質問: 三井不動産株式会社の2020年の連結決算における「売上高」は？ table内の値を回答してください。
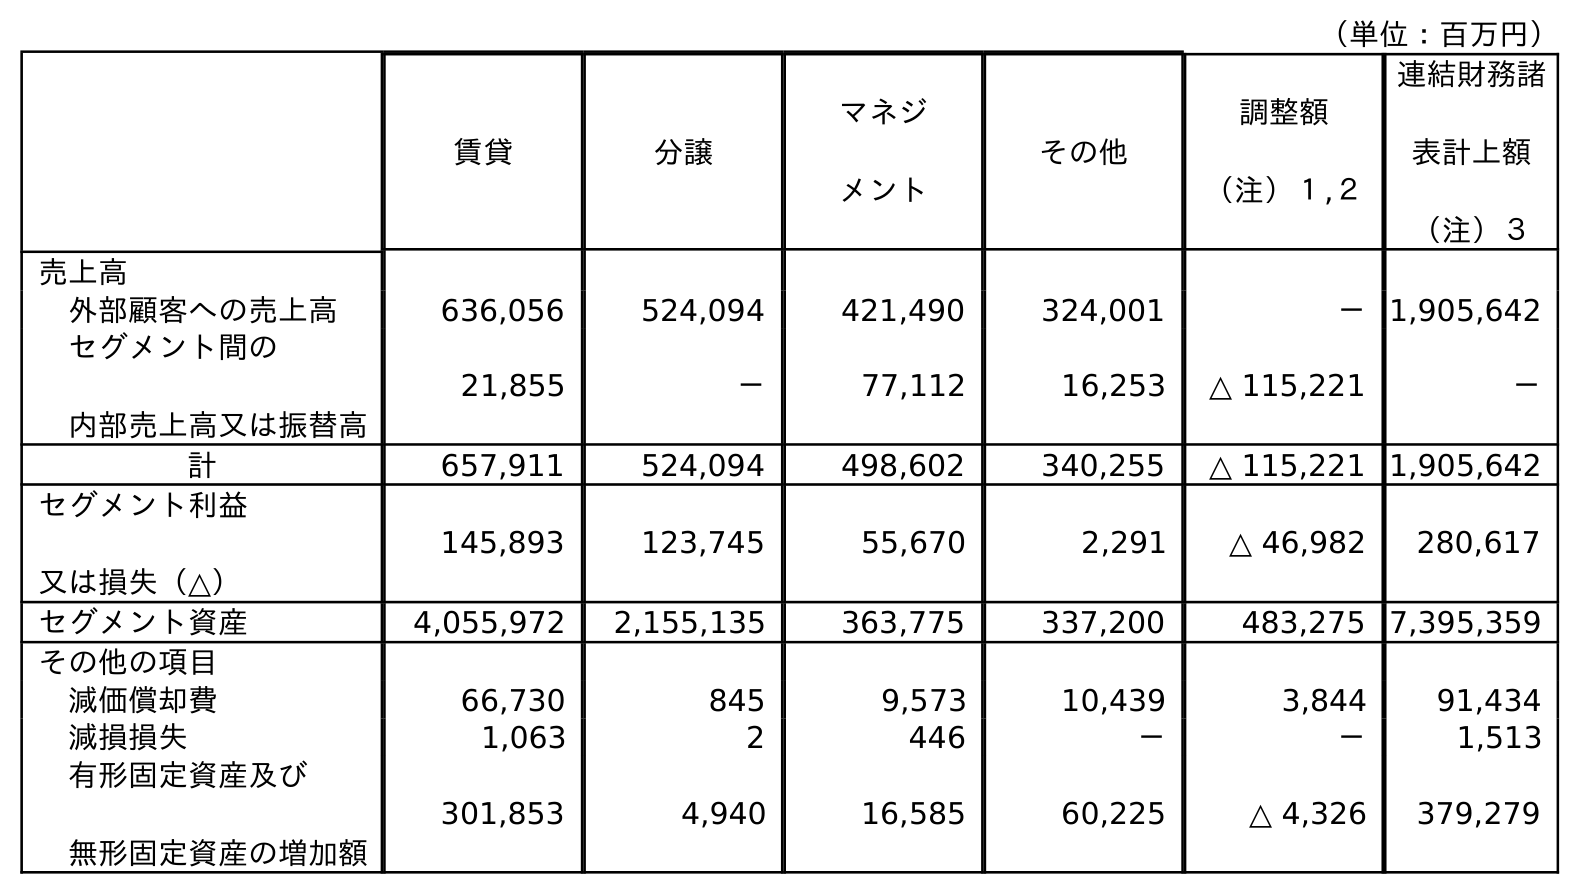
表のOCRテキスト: （単位：百万円） 賃貸 分譲 マネジ メント その他 調整額 （注）１,２ 連結財務諸 表計上額 （注）３ 売上高 外部顧客への売上高 636,056 524,094 421,490 324,001 －1,905,642 セグメント間の 内部売上高又は振替高 21,855 － 77,112 16,253 △ 115,221 － 計 657,911 524,094 498,602 340,255 △ 115,221 1,905,642 セグメント利益 又は損失（△） 145,893 123,745 55,670 2,291 △ 46,982 280,617 セグメント資産 4,055,972 2,155,135 363,775 337,200 483,275 7,395,359 その他の項目 減価償却費 66,730 845 9,573 10,439 3,844 91,434 減損損失 1,063 2 446 － － 1,513 有形固定資産及び 無形固定資産の増加額 301,853 4,940 16,585 60,225 △ 4,326 379,279
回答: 1,905,642